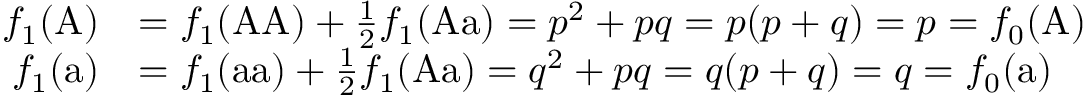
{ \begin{array} { r l } { f _ { 1 } ( { \mathrm { A } } ) } & { = f _ { 1 } ( { \mathrm { A A } } ) + { \frac { 1 } { 2 } } f _ { 1 } ( { \mathrm { A a } } ) = p ^ { 2 } + p q = p ( p + q ) = p = f _ { 0 } ( { \mathrm { A } } ) } \\ { f _ { 1 } ( { \mathrm { a } } ) } & { = f _ { 1 } ( { \mathrm { a a } } ) + { \frac { 1 } { 2 } } f _ { 1 } ( { \mathrm { A a } } ) = q ^ { 2 } + p q = q ( p + q ) = q = f _ { 0 } ( { \mathrm { a } } ) } \end{array} }